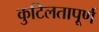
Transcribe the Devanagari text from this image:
कुटिलतापूर्ण